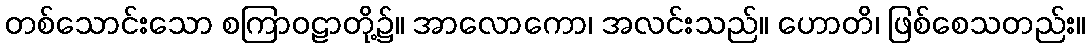
တစ်သောင်းသော စကြာဝဠာတို့၌။ အာလောကော၊ အလင်းသည်။ ဟောတိ၊ ဖြစ်စေသတည်း။